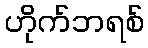
ဟိုက်ဘရစ်